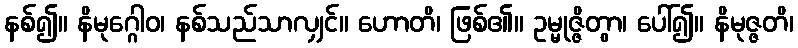
နစ်၍။ နိမုဂ္ဂေါဝ၊ နစ်သည်သာလျှင်။ ဟောတိ၊ ဖြစ်၏။ ဥမ္မုဇ္ဇိတွာ၊ ပေါ်၍။ နိမုဇ္ဇတိ၊